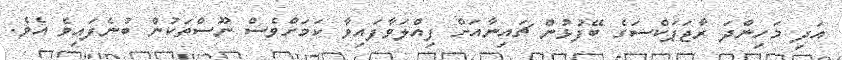
އަދި މަހިންދަ ރާޖަޕަކްސަގެ ބޭފުޅުން ޗައިނާއަށް ފިއްލަވާފައިވާ ކަމަށްވެސް ނޫސްތަކުން ބުނެފައިވެ އެވެ.